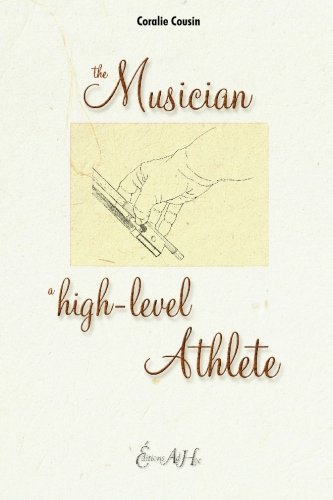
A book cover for The Musician, A High-Level Athlete; Coralie Cousin; Health, Fitness & Dieting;